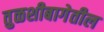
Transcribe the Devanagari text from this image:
तुळशीबागेतील